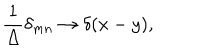
\frac { 1 } { \Delta } \delta _ { m n } \rightarrow \delta ( x - y ) ,